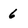
Character: 6